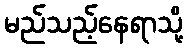
မည်သည့်နေရာသို့